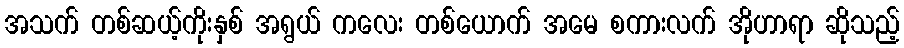
အသက် တစ်ဆယ့်ကိုးနှစ် အရွယ် ကလေး တစ်ယောက် အမေ စကားလက် အိုဟာရာ ဆိုသည့်